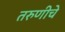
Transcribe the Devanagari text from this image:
तरुणीचे